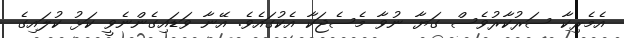
އެމެރިކާ ސަރުކާރުވެސް ގަޔާ ނުވާ މެސެޖަކާ އެކުގައެވެ. އޭނާ ވަޑައިގެންނެވީ ކަޅު ކުލައިގެ